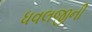
ધવલજીની